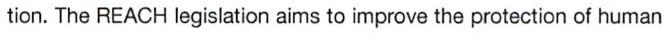
tion. The REACH legislation aims to improve the protection of human